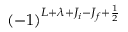
( - 1 ) ^ { L + \lambda + J _ { i } - J _ { f } + \frac { 1 } { 2 } }